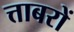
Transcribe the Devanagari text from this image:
त्ताबरों